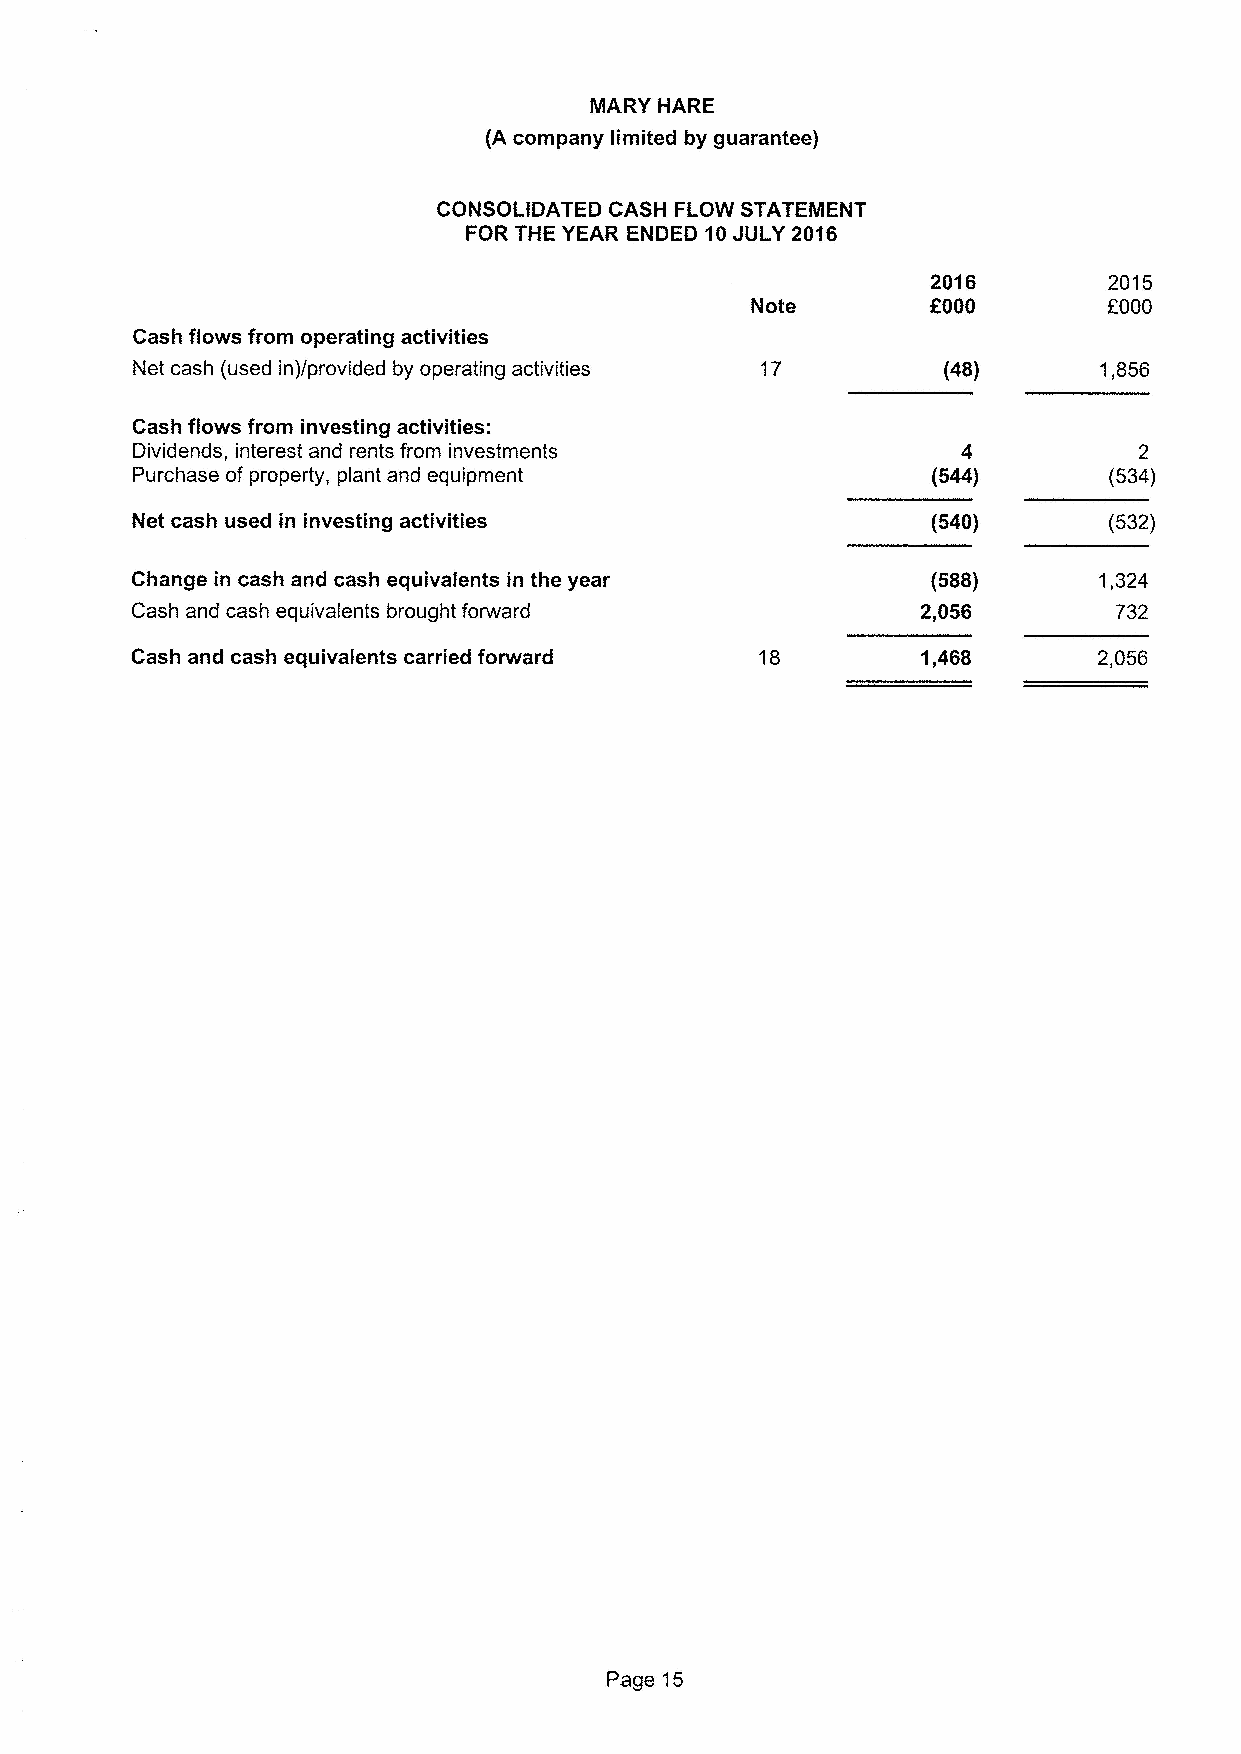
MARY HARE
 (A company limited by guarantee)
 CONSOLIDATED CASH FLOW STATEMENT
 FOR THE YEAR ENDED 10JULY 2016
 2016       2015
 Note        f000       f000
 Cash flows from operating activities
 Net cash (used in)/provided by operating activities 17 (46)     1,856
 Cash flows from investing activities:
 Dividends, interest and rents from investments         4          2
 Purchase of property, plant and equipment            {544)      (534)
 Net cash used in investing activities                {540)      (532)
 Change in cash and cash equivalents in the year      {5SS)      1,324
 Cash and cash equivalents brought forward           2,056        732
 Cash and cash equivalents carried forward 18        1,46S       2,056
 Page 15